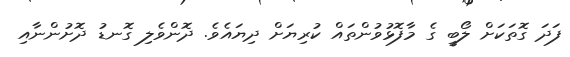
ފަދަ ގޮތަކަށް ލޯބީ ގެ މާފޮޅުވުންތައް ކުރިޔަށް ދިޔައެވެ. ދޮންވެލި ގޮނޑު ދޮށުންނާއި